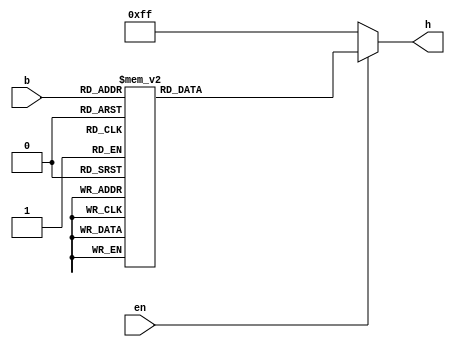
module bcd7seg(
  input [3:0] b,
  input en,
  output reg [7:0] h
);

  always @(*) begin
    if (!en) begin
      h = 8'b11111111;
    end else case(b)
      4'b0000: h = 8'b11000000;
      4'b0001: h = 8'b11111001;
      4'b0010: h = 8'b10100100;
      4'b0011: h = 8'b10110000;
      4'b0100: h = 8'b10011001;
      4'b0101: h = 8'b10010010;
      4'b0110: h = 8'b10000010;
      4'b0111: h = 8'b11111000;
      4'b1000: h = 8'b10000000;
      4'b1001: h = 8'b10010000;
      4'b1010: h = 8'b10001000;
      4'b1011: h = 8'b10000011;
      4'b1100: h = 8'b11000110;
      4'b1101: h = 8'b10100001;
      4'b1110: h = 8'b10000110;
      4'b1111: h = 8'b10001110;
      default: h = 8'b11111111;
    endcase
  end

endmodule